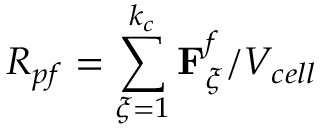
R _ { p f } = \sum _ { \xi = 1 } ^ { k _ { c } } \mathbf { F } _ { \xi } ^ { f } / V _ { c e l l }